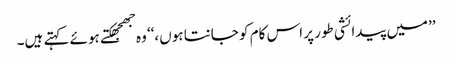
’’میں پیدائشی طور پر اس کام کو جانتا ہوں،‘‘ وہ جھجھکتے ہوئے کہتے ہیں۔